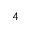
^ { 4 }